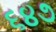
૬૪૭